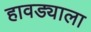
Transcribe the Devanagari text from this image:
हावड्याला